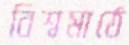
বিশ্বমাঠে